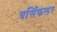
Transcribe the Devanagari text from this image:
वर्सिकलर